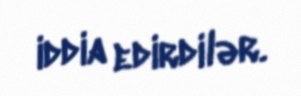
iddia edirdilər.